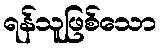
ရန်သူဖြစ်သော